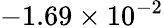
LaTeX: -1.69\times 10^{-2}